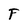
Character: F